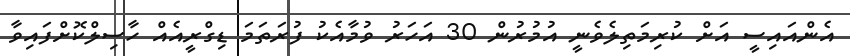
އެންއައިސީ އަށް ކުރިމަތިލެވެނީ އުމުރުން 30 އަހަރު ވުމާއެކު ފުރަތަމަ ޑިގްރީއެއް ހާސިލްކޮށްފައިވާ